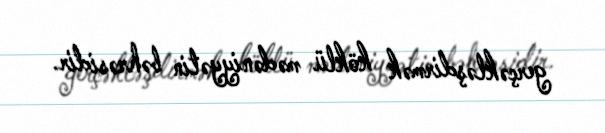
gerçəkləşdirmək köklü mədəniyyətin bəhrəsidir.